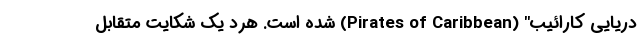
دریایی کارائیب" (Pirates of Caribbean) شده است. هرد یک شکایت متقابل